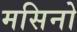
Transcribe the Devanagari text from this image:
मसिनो